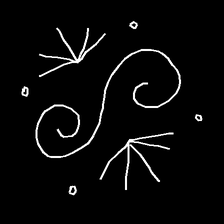
Glyph: aeroform